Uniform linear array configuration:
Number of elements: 12
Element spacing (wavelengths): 1
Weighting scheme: kaiser
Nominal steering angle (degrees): -45
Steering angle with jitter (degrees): -46.252
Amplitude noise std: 0.05
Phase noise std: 0.05

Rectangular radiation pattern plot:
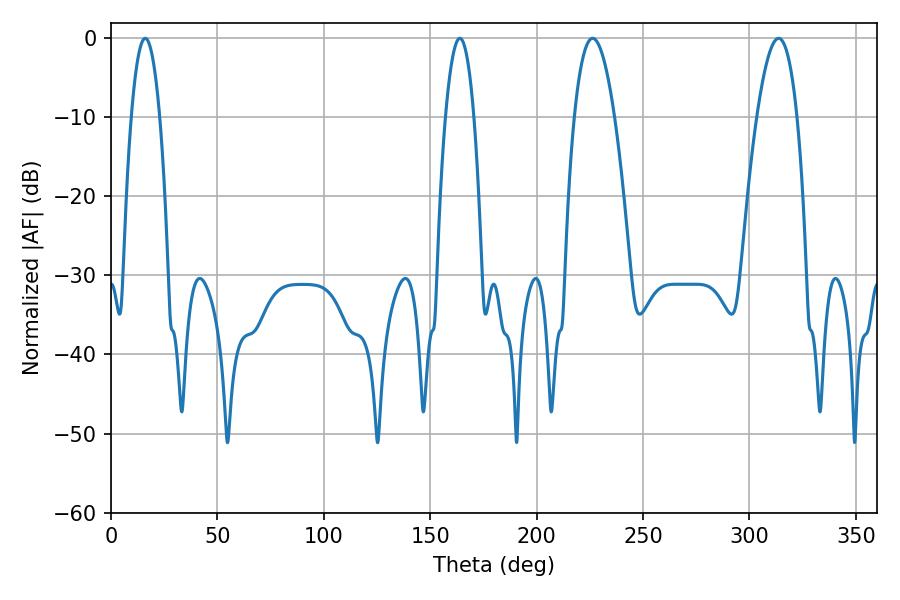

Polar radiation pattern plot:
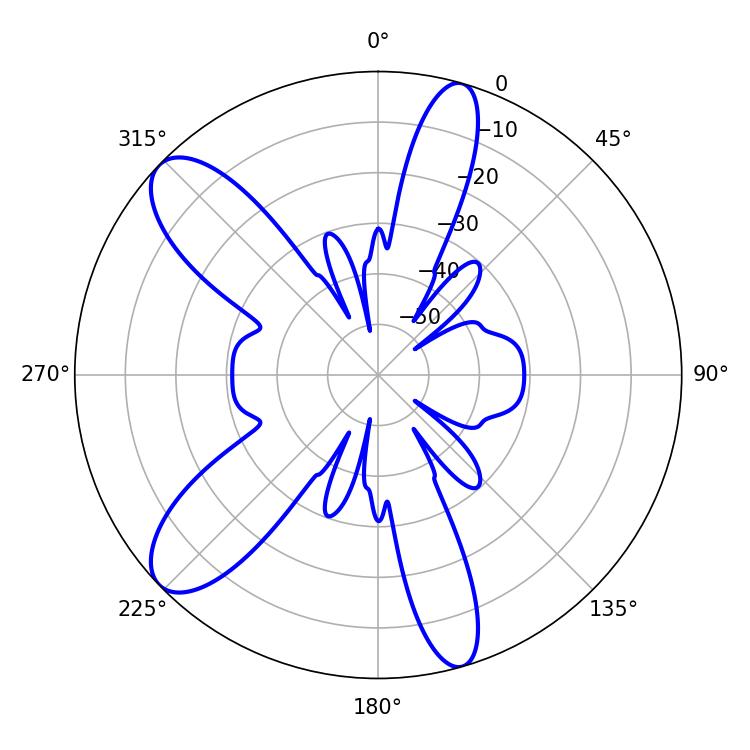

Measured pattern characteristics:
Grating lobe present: TRUE
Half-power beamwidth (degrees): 10.44
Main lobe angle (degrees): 226.26